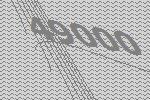
49000